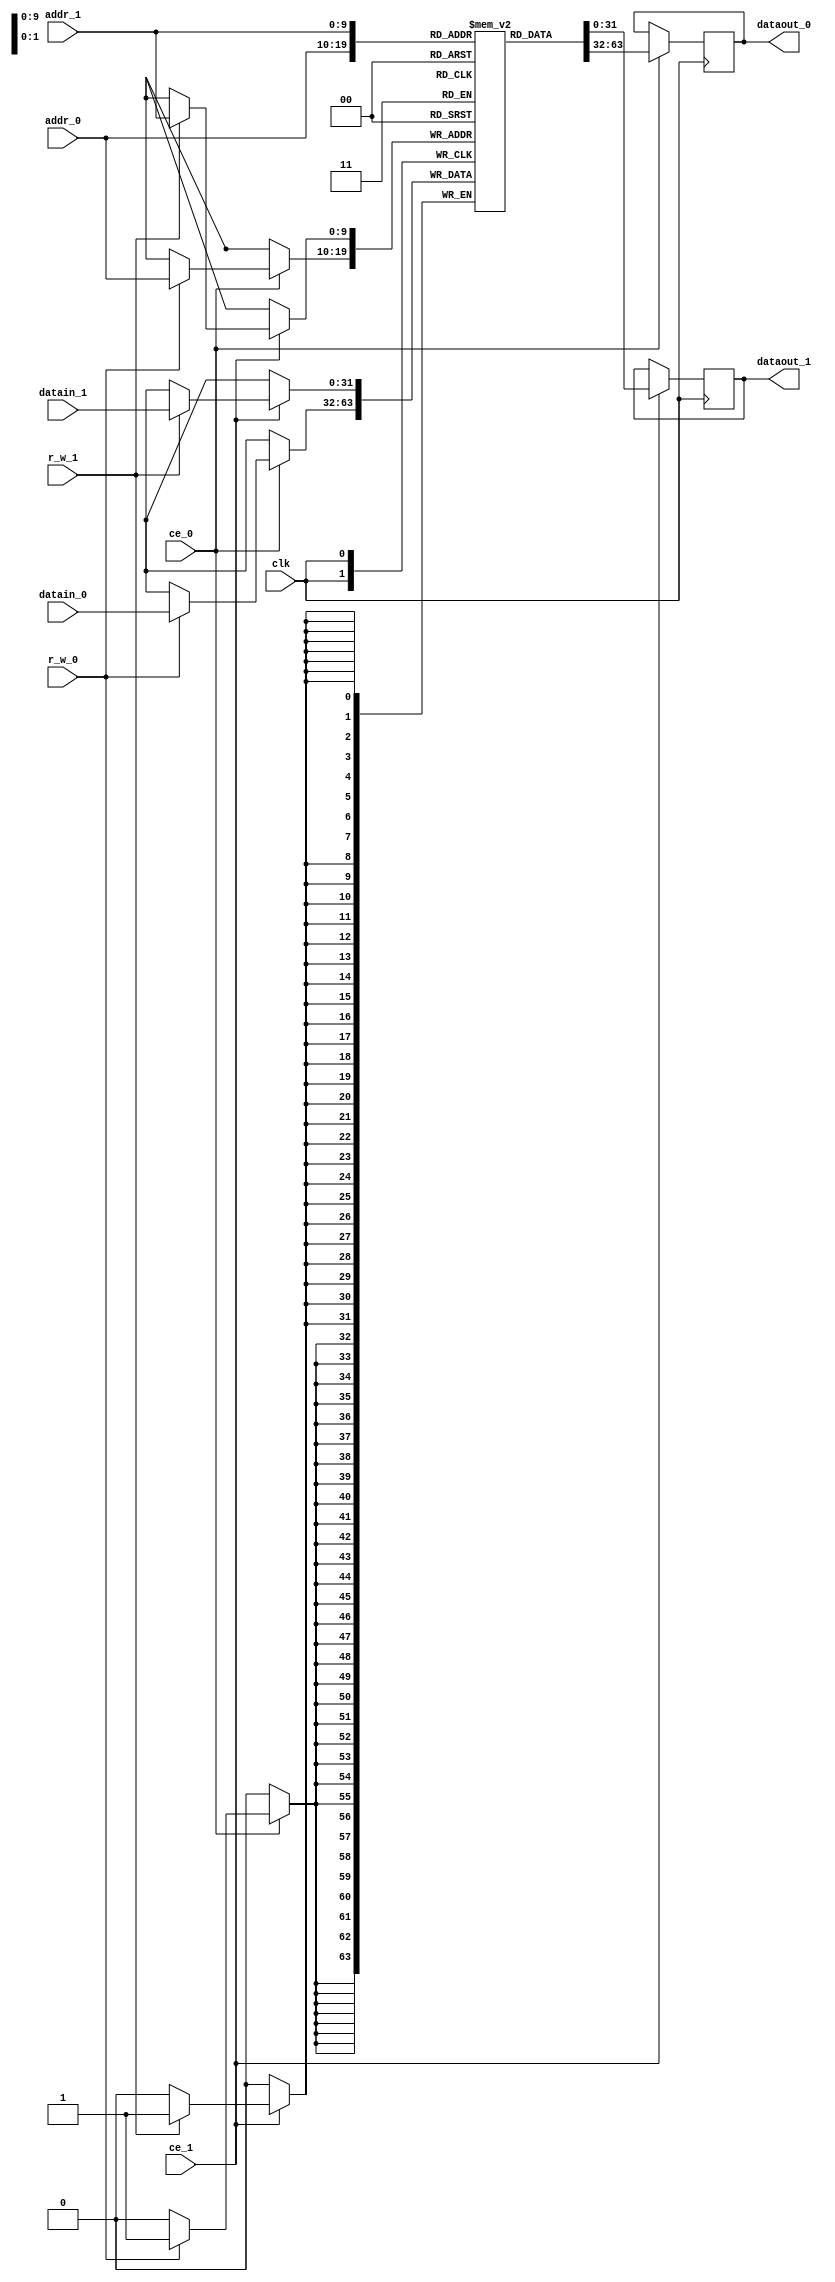
/*
TimeStamp:	2015/10/30		15:36
*/


module DualPortRAM
	#( parameter DWIDTH = 32, AWIDTH = 10, WORDS =1024 )
(
	input clk,
	input r_w_0,
	input r_w_1,
	input [AWIDTH-1:0] addr_0,
	input [AWIDTH-1:0] addr_1,
	input [DWIDTH-1:0] datain_0,
	input [DWIDTH-1:0] datain_1,
	output [DWIDTH-1:0] dataout_0,
	output [DWIDTH-1:0] dataout_1,
	input ce_0,
	input ce_1
);

// (* RAM_STYLE="BLOCK" *)	//If Xilinx xst doesn't regard this source code as Block RAM, remove the left comment
	reg [DWIDTH-1:0] mem [WORDS-1:0];
	reg [DWIDTH-1:0] r_dataout_0;
	reg [DWIDTH-1:0] r_dataout_1;
	assign dataout_0 = r_dataout_0;
	assign dataout_1 = r_dataout_1;

	always@(posedge clk) begin
		if(ce_0) begin
			if(r_w_0) 
				mem[addr_0] <= datain_0;

			r_dataout_0 <= mem[addr_0];
		end
	end

	always@(posedge clk) begin
		if(ce_1) begin
			if(r_w_1) 
				mem[addr_1] <= datain_1;

			r_dataout_1 <= mem[addr_1];
		end
	end

endmodule